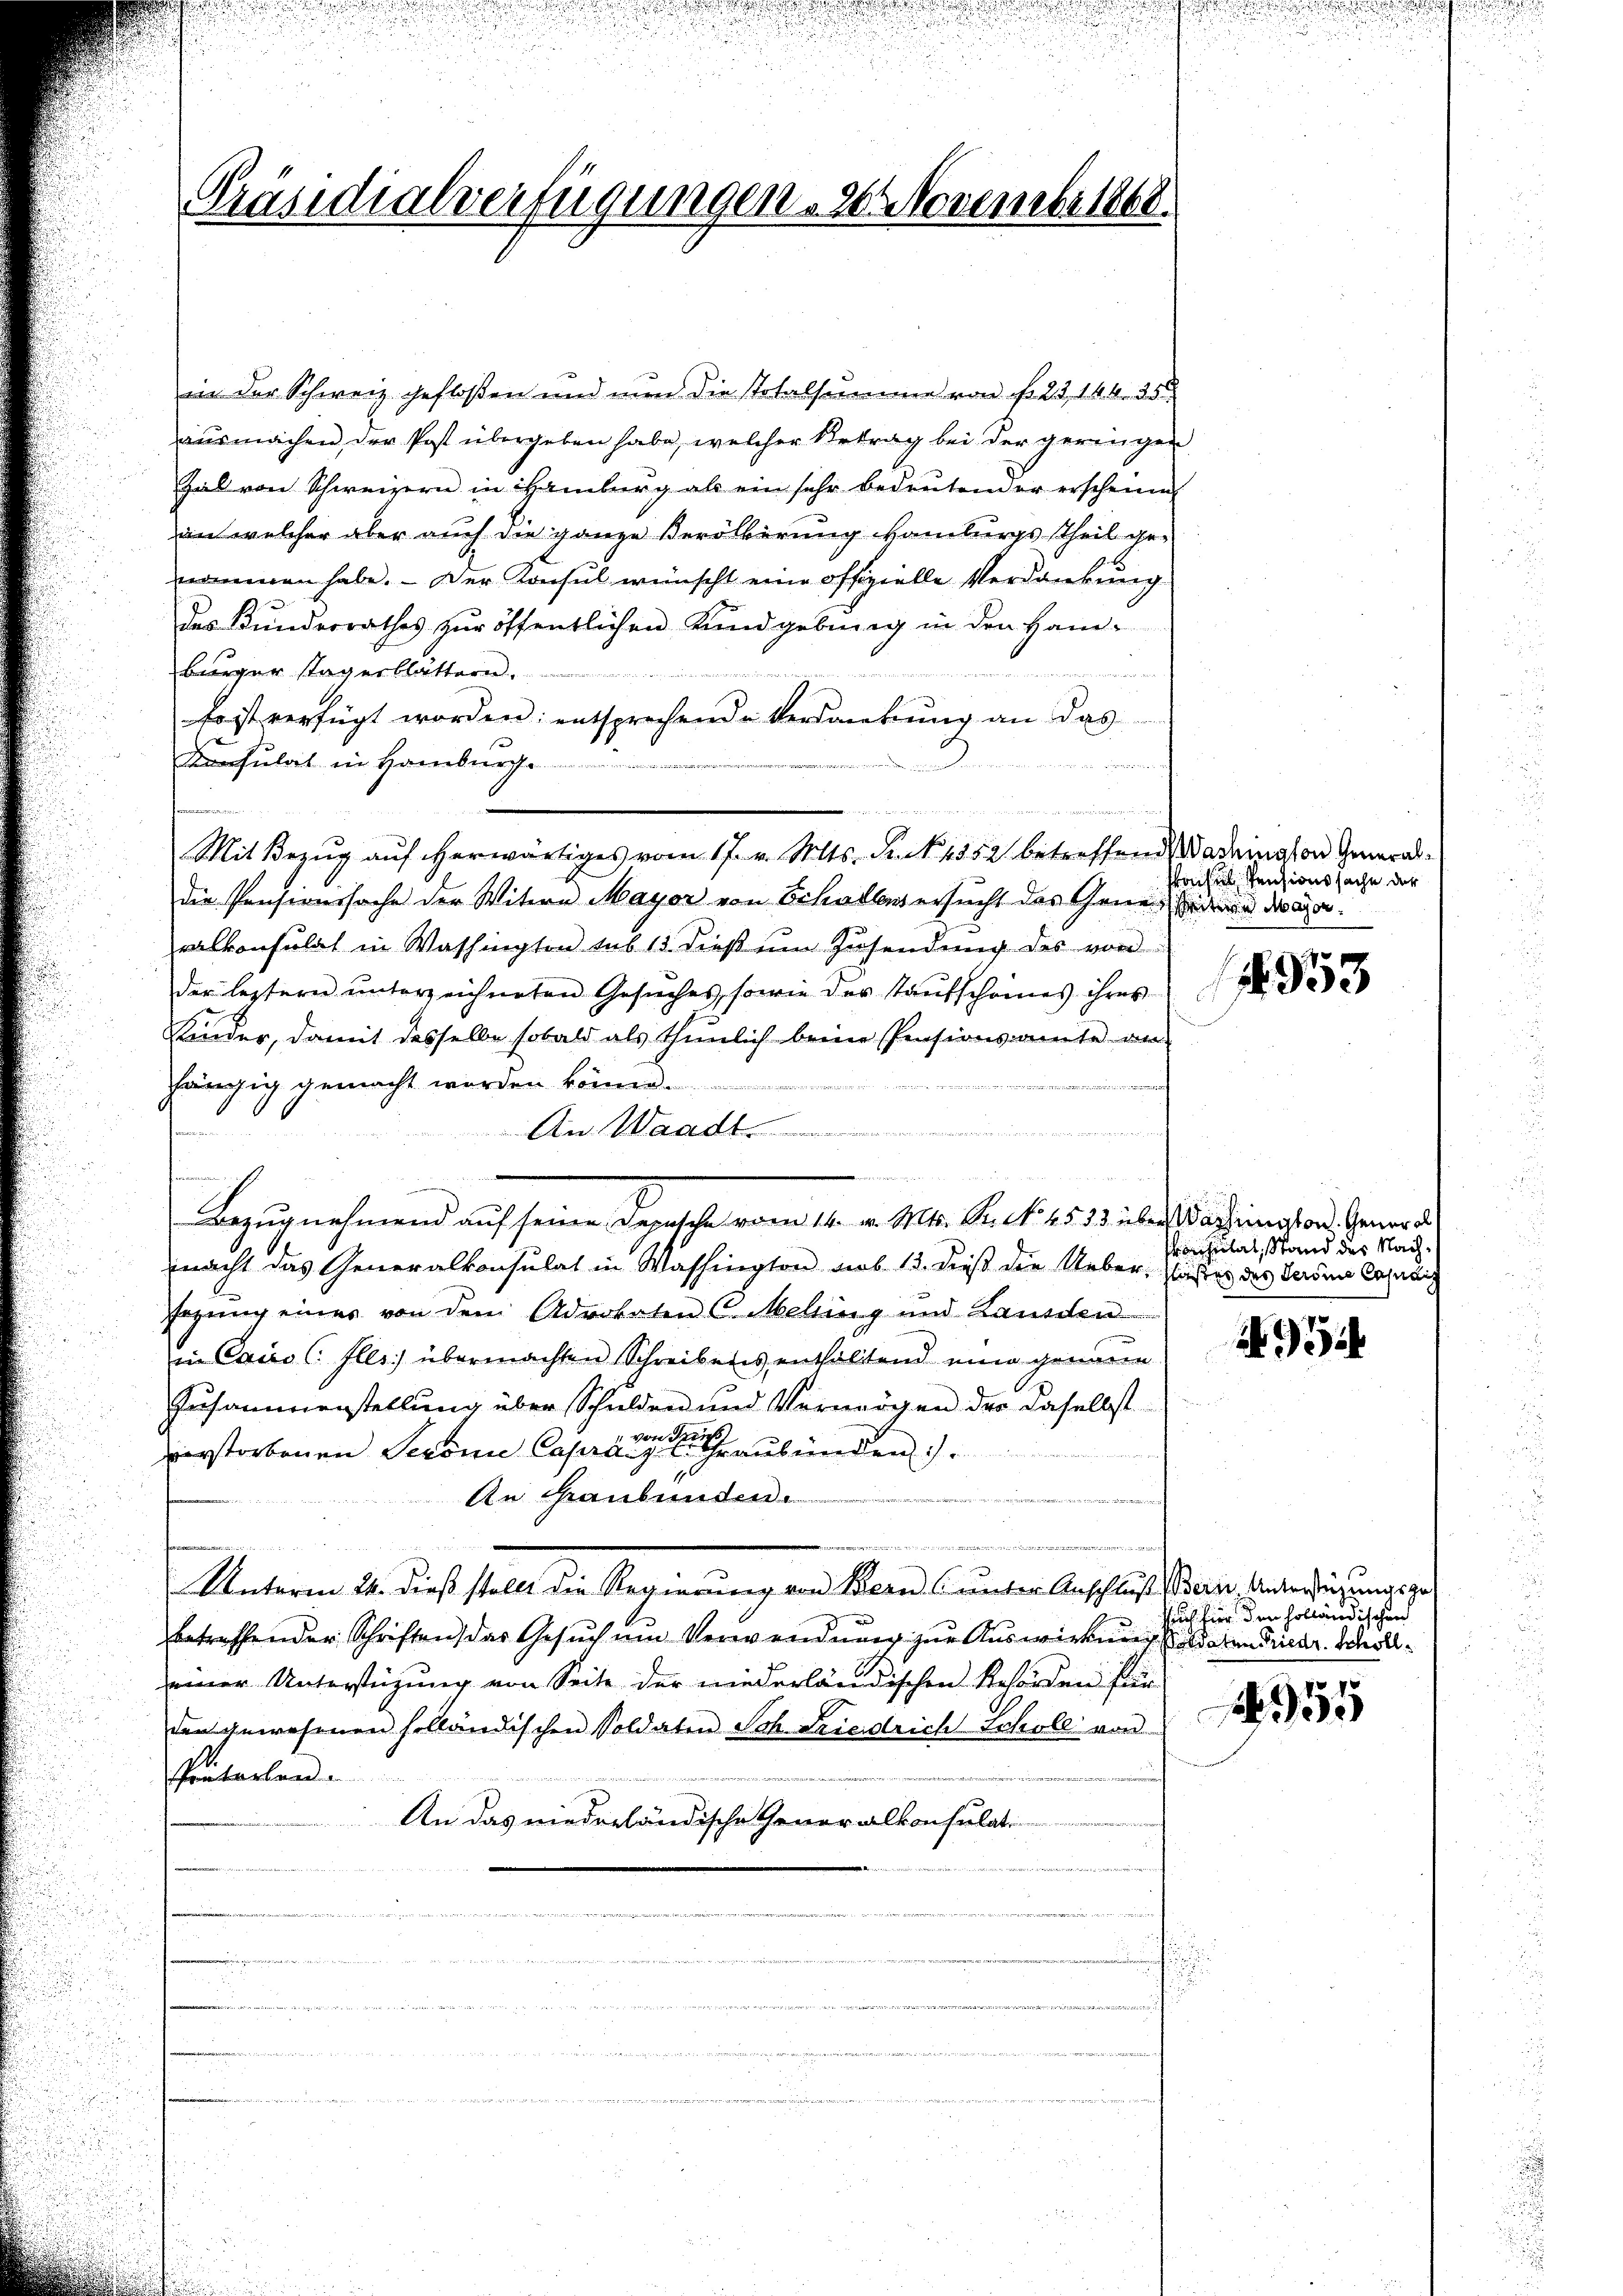
Präsidialverfügungen 20. Novembr 1868.

in der Schweiz gefloßen und nun die Totalsumme von f. 23, 146. 35.
ausmachen, der Post übergeben habe, welcher Betrag bei der geringen
Zal von Schweizern in Hamburg als ein sehr bedeutend er erscheine
an welcher aber auch die ganze Verölkerung Hamburgsttheil ge-
nommen habe. - Der Konsul wünscht eine offizielle Verdankung
des Kundesrathes zur öffentlichen Kundgebung in den Ham¬
Bürger stagerblättern.
Fontanterrichten unter einen Bedendetendenen werden.
so ist verfügt worden; entsprechende Verdankŭng an das
Konsulat in Hamburge
in einen einen wir nich
7
die Pensionssache der Witern Mayor von Schadens ersucht des Gener in der daralkonsulat in Washington sub 13 dieß um Zusendung des von
der leztern ŭnterzeichneten Gesŭches, sowie der Taŭtschones ihres
Kinder, damit desselbe sobald als thunlich beine Pensionsamte an-
hängig gemacht werden könne.
e
An Waadt...................................
enreche
Bezugnehmend auf seine Depesche vom 14. v. Mts. S. 4533 über Wachington. Gener d
macht das Generalkonsulat in Washington sub 13. dieß die Ueberstinster des Laden Capuci
sezung eines von dem Advokaten (Melling und Landen
in Cairo (Ells) übermachten Schreibens enthaltend eine genaue
Zusammenstellung über Schulden und Vermögen der daselbst
 von Tren
verstorbenen Seronie Capranz Schraubünden).
An Graubünden.
Unterm 25. dieß stellt die Regierung von Bern Cauter Anschluss eine Aendern zu ungege
betreffender Schriften, das Gesuch um Verwendung zur Auswirkung derendrer Scholleiner Unterstüzung von Seite der niederländischen Resonden für
den gewesenen solländischen Soldaten Sch. Friedrich Scholl von
Präterlan
An das niederländische Generalkonsulat
d
n
n

Mit Bezŭg aŭf herwärtiges vom 17. v. Mts. Fr. N. 1552 betreffend Wadington General¬

u

skonses Pensionssache der
4953

onsulat, Stand des Nach¬

954

u

Auch hier den holländischen

55